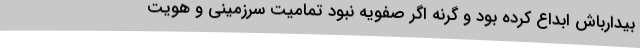
بیدارباش ابداع کرده بود و گرنه اگر صفویه نبود تمامیت سرزمینی و هویت